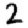
Digit: 2